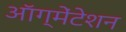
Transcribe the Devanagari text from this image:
ऑग्मेंटेशन